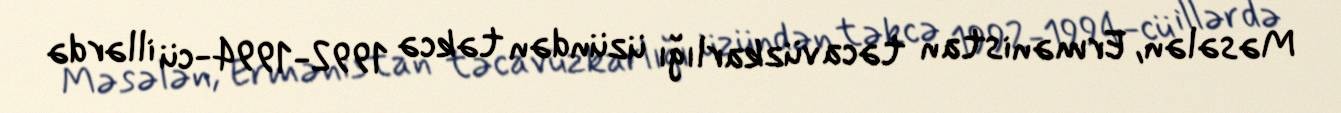
Məsələn, Ermənistan təcavüzkarlığı üzündən təkcə 1992-1994-cü illərdə